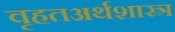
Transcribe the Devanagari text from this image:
वृहतअर्थशास्त्र